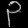
Digit: ၃